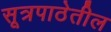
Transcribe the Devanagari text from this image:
सूत्रपाठेतील